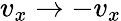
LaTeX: v_{x}\rightarrow-v_{x}